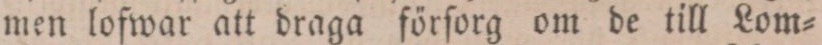
men lofwar att draga förſorg om de till Lom=